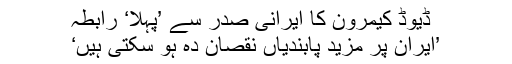
ڈیوڈ کیمرون کا ایرانی صدر سے ’پہلا‘ رابطہ
’ایران پر مزید پابندیاں نقصان دہ ہو سکتی ہیں‘